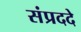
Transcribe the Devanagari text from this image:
संप्रददे